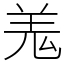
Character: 羗